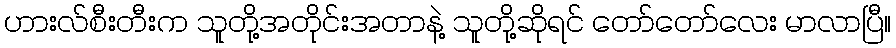
ဟားလ်စီးတီးက သူတို့အတိုင်းအတာနဲ့ သူတို့ဆိုရင် တော်တော်လေး မာလာပြီ။